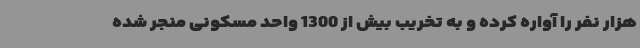
هزار نفر را آواره کرده و به تخریب بیش از 1300 واحد مسکونی منجر شده